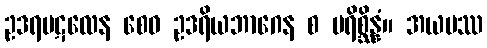
ဥဒရပဋလေန စေဝ ဥဒရိယဘာဂေန စ ပရိစ္ဆိန္နံ။ အယမဿ